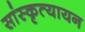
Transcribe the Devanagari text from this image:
सांस्कृत्यायन